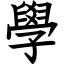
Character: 學